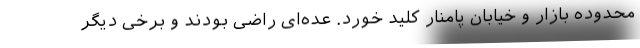
محدوده بازار و خیابان پامنار کلید خورد. عده‌ای راضی بودند و برخی دیگر